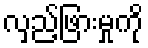
လှည့်ဖြားမှုကို